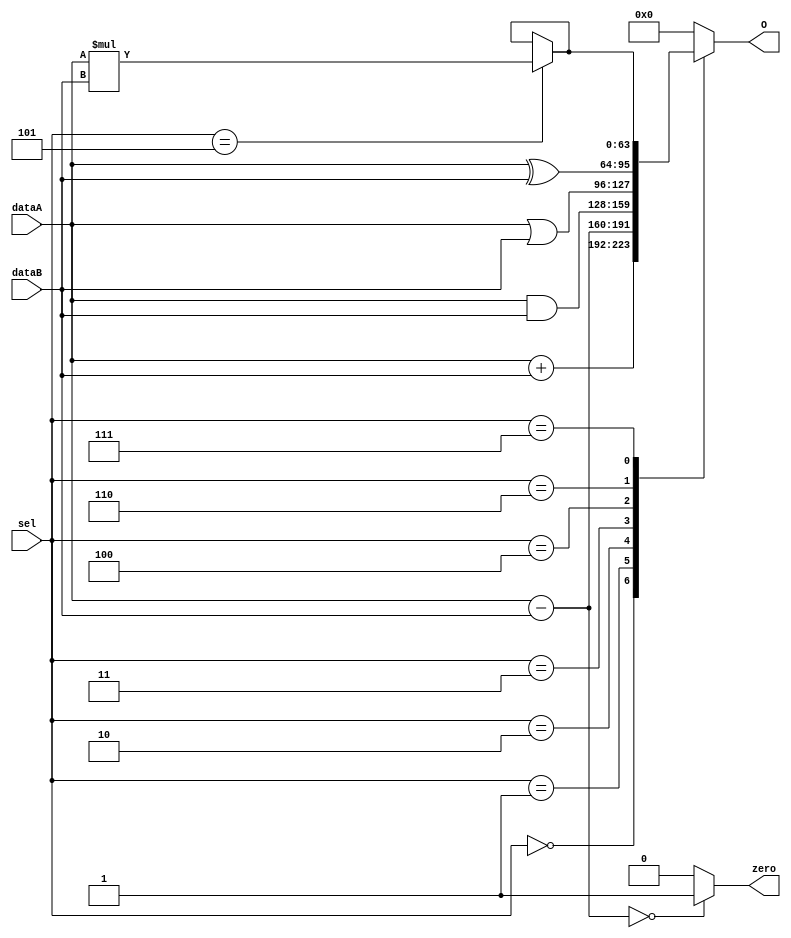
module ALU
   (input [31:0]dataA,
    input [31:0]dataB,
    input [2:0]sel,
    output reg [31:0]O,
    output reg zero);
    
    wire [31:0]hiReg , lowReg;
		
    always @(sel, dataA, dataB) begin
      case (sel)
        0: O <= dataA + dataB;
        1: O <= dataA - dataB;
        2: O <= dataA & dataB;
        3: O <= dataA | dataB;
        4: O <= dataA ^ dataB;
        6: O <= hiReg;
        7: O <= lowReg;
		default : O<=32'b0;
      endcase
	 zero = (dataA - dataB == 0) ? 1 : 0;
    end
    assign {hiReg , lowReg} = (sel==5) ? dataA * dataB : {hiReg , lowReg};
endmodule